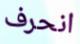
انحرف